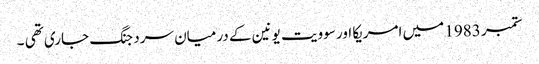
ستمبر 1983 میں امریکا اور سوویت یونین کے درمیان سرد جنگ جاری تھی ۔